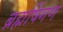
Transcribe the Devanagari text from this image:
ब्रह्मर्षिगण